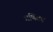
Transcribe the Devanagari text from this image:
गणितच